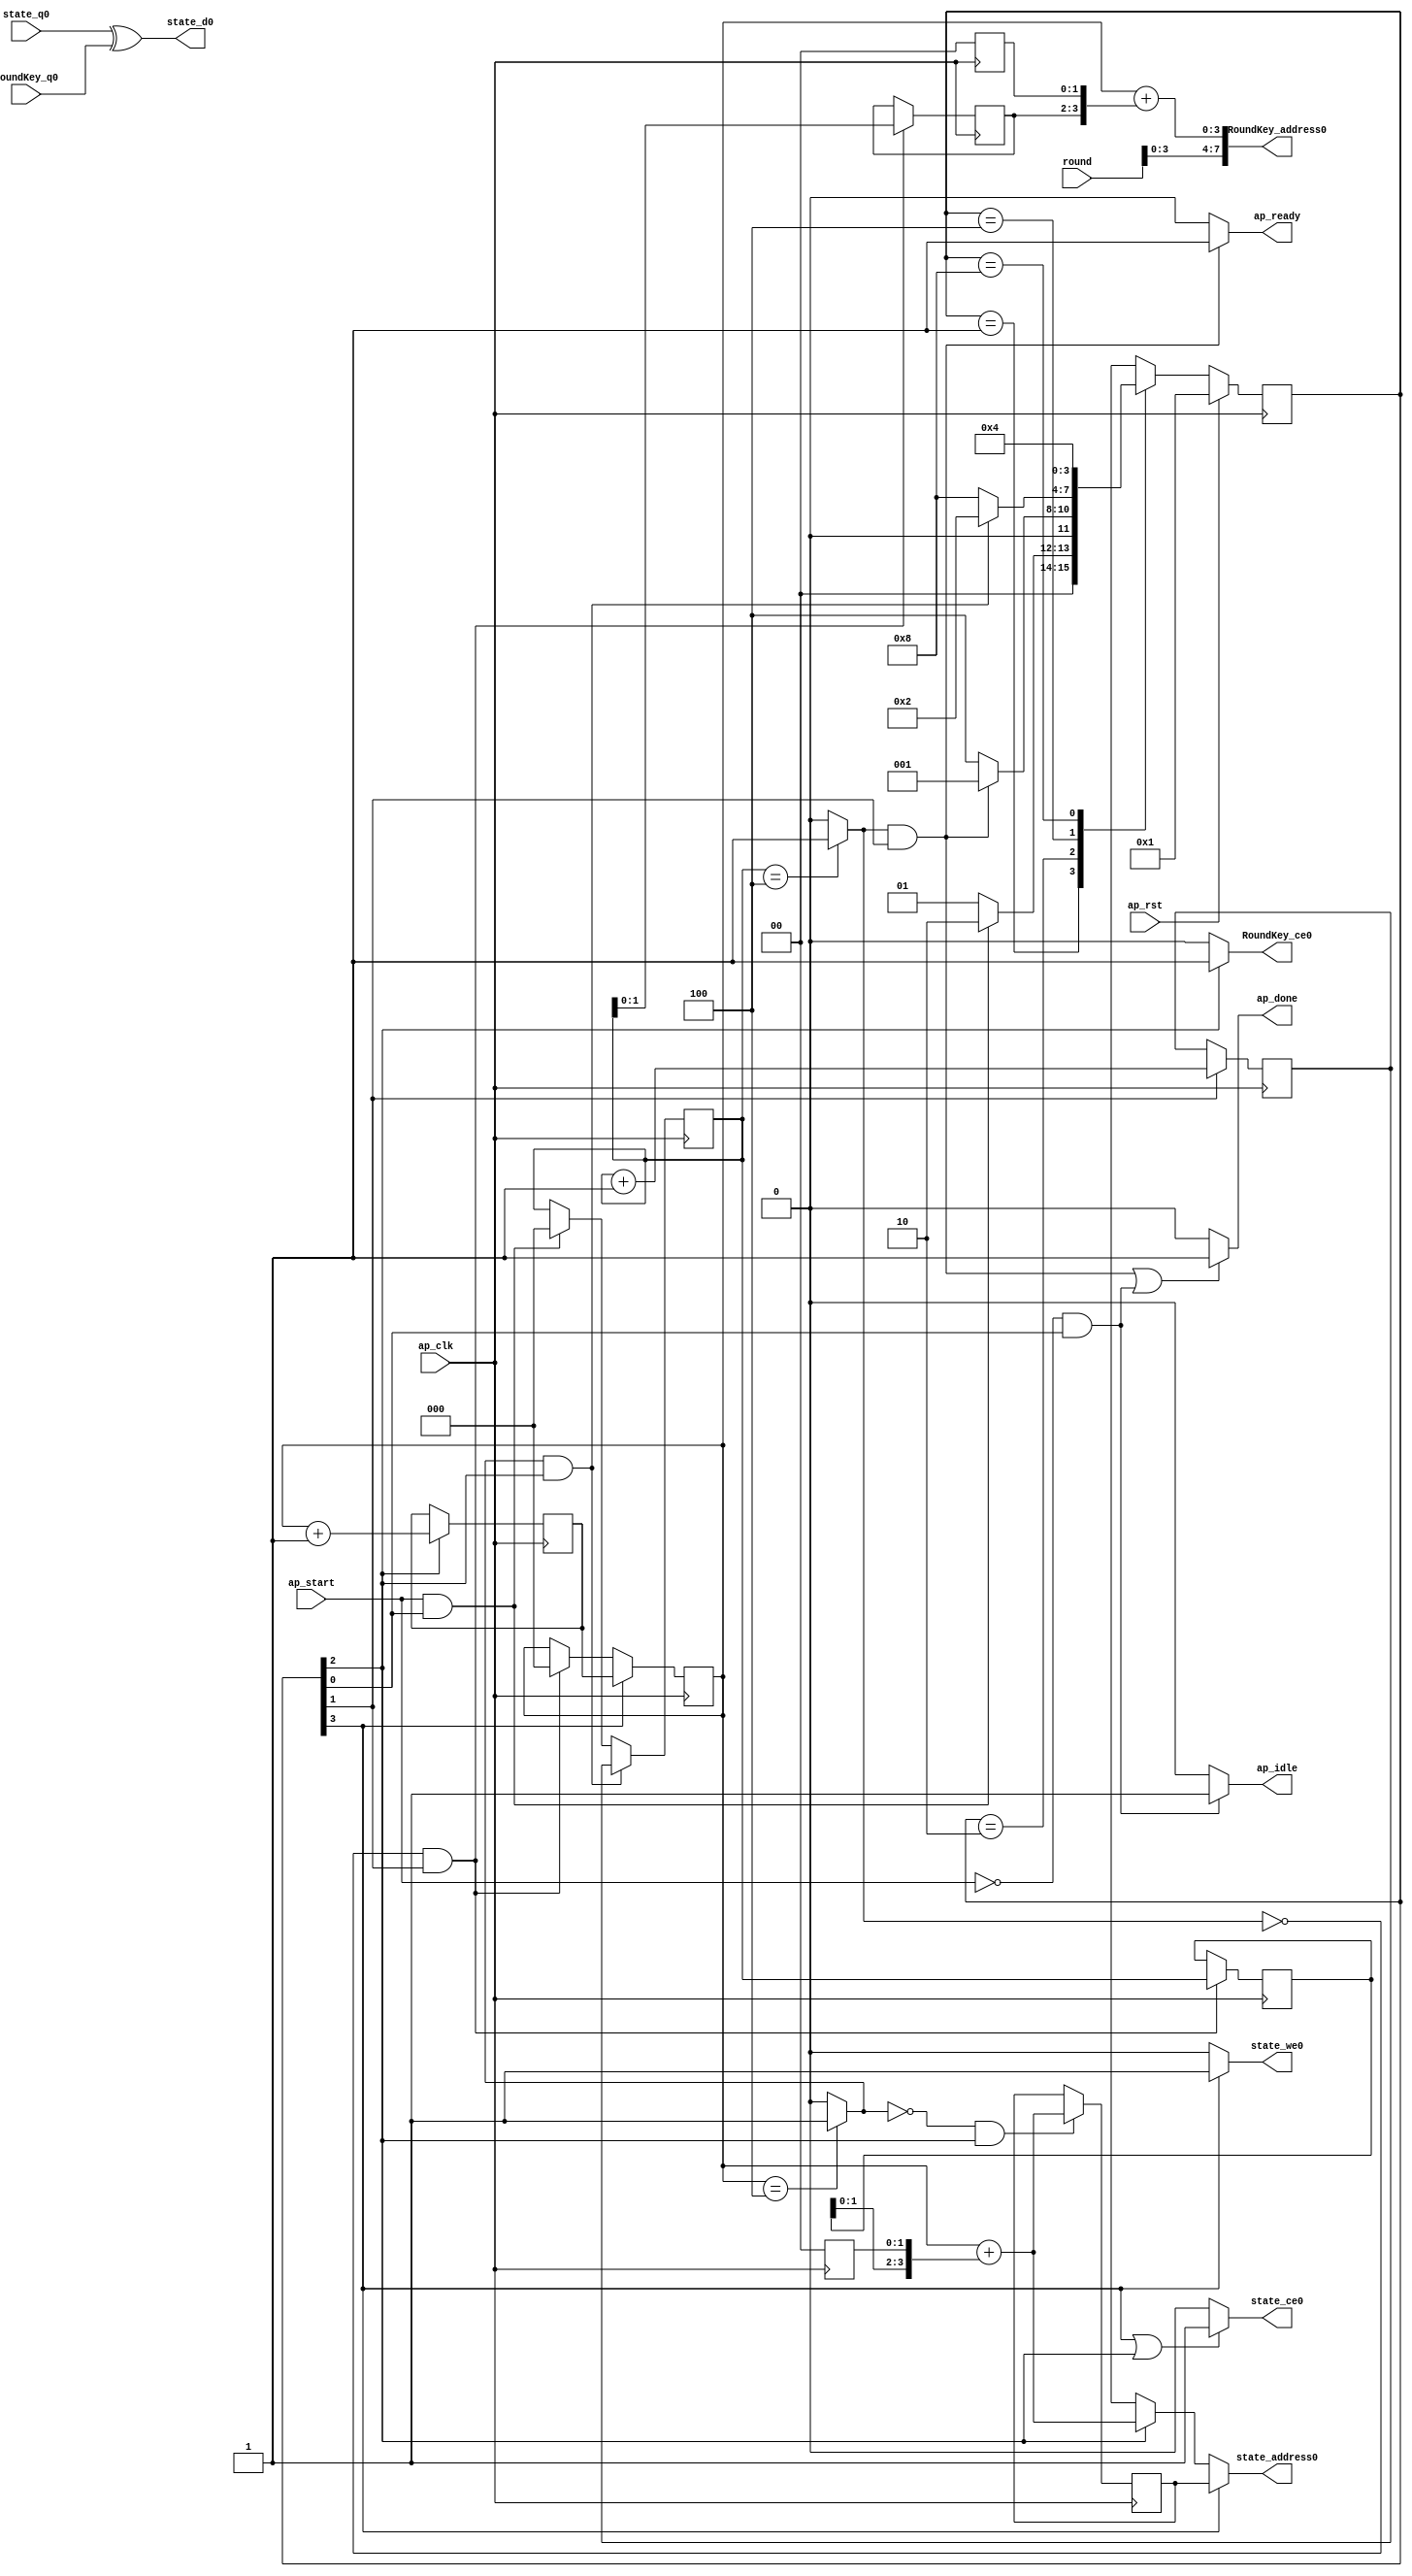
// ==============================================================
// RTL generated by Vivado(TM) HLS - High-Level Synthesis from C, C++ and SystemC
// Version: 2019.1
// Copyright (C) 1986-2019 Xilinx, Inc. All Rights Reserved.
// 
// ===========================================================

`timescale 1 ns / 1 ps 

module AddRoundKey (
        ap_clk,
        ap_rst,
        ap_start,
        ap_done,
        ap_idle,
        ap_ready,
        round,
        state_address0,
        state_ce0,
        state_we0,
        state_d0,
        state_q0,
        RoundKey_address0,
        RoundKey_ce0,
        RoundKey_q0
);

parameter    ap_ST_fsm_state1 = 4'd1;
parameter    ap_ST_fsm_state2 = 4'd2;
parameter    ap_ST_fsm_state3 = 4'd4;
parameter    ap_ST_fsm_state4 = 4'd8;

input   ap_clk;
input   ap_rst;
input   ap_start;
output   ap_done;
output   ap_idle;
output   ap_ready;
input  [5:0] round;
output  [3:0] state_address0;
output   state_ce0;
output   state_we0;
output  [7:0] state_d0;
input  [7:0] state_q0;
output  [7:0] RoundKey_address0;
output   RoundKey_ce0;
input  [7:0] RoundKey_q0;

reg ap_done;
reg ap_idle;
reg ap_ready;
reg[3:0] state_address0;
reg state_ce0;
reg state_we0;
reg RoundKey_ce0;

(* fsm_encoding = "none" *) reg   [3:0] ap_CS_fsm;
wire    ap_CS_fsm_state1;
wire   [2:0] i_fu_98_p2;
reg   [2:0] i_reg_194;
wire    ap_CS_fsm_state2;
wire   [3:0] shl_ln_fu_108_p3;
reg   [3:0] shl_ln_reg_199;
wire   [0:0] icmp_ln246_fu_92_p2;
wire   [5:0] zext_ln248_fu_124_p1;
reg   [5:0] zext_ln248_reg_204;
wire   [2:0] j_fu_134_p2;
reg   [2:0] j_reg_212;
wire    ap_CS_fsm_state3;
wire   [0:0] icmp_ln248_fu_128_p2;
reg   [3:0] state_addr_reg_222;
reg   [2:0] i_0_reg_70;
reg   [2:0] j_0_reg_81;
wire    ap_CS_fsm_state4;
wire   [63:0] zext_ln250_1_fu_160_p1;
wire   [63:0] zext_ln250_3_fu_174_p1;
wire   [1:0] trunc_ln250_fu_104_p1;
wire   [4:0] tmp_s_fu_116_p3;
wire   [3:0] zext_ln250_fu_140_p1;
wire   [3:0] trunc_ln250_1_fu_149_p1;
wire   [3:0] add_ln250_fu_144_p2;
wire   [7:0] add_ln250_1_fu_152_p3;
wire   [5:0] zext_ln250_2_fu_165_p1;
wire   [5:0] add_ln250_2_fu_169_p2;
reg   [3:0] ap_NS_fsm;

// power-on initialization
initial begin
#0 ap_CS_fsm = 4'd1;
end

always @ (posedge ap_clk) begin
    if (ap_rst == 1'b1) begin
        ap_CS_fsm <= ap_ST_fsm_state1;
    end else begin
        ap_CS_fsm <= ap_NS_fsm;
    end
end

always @ (posedge ap_clk) begin
    if (((icmp_ln248_fu_128_p2 == 1'd1) & (1'b1 == ap_CS_fsm_state3))) begin
        i_0_reg_70 <= i_reg_194;
    end else if (((ap_start == 1'b1) & (1'b1 == ap_CS_fsm_state1))) begin
        i_0_reg_70 <= 3'd0;
    end
end

always @ (posedge ap_clk) begin
    if ((1'b1 == ap_CS_fsm_state4)) begin
        j_0_reg_81 <= j_reg_212;
    end else if (((icmp_ln246_fu_92_p2 == 1'd0) & (1'b1 == ap_CS_fsm_state2))) begin
        j_0_reg_81 <= 3'd0;
    end
end

always @ (posedge ap_clk) begin
    if ((1'b1 == ap_CS_fsm_state2)) begin
        i_reg_194 <= i_fu_98_p2;
    end
end

always @ (posedge ap_clk) begin
    if ((1'b1 == ap_CS_fsm_state3)) begin
        j_reg_212 <= j_fu_134_p2;
    end
end

always @ (posedge ap_clk) begin
    if (((icmp_ln246_fu_92_p2 == 1'd0) & (1'b1 == ap_CS_fsm_state2))) begin
        shl_ln_reg_199[3 : 2] <= shl_ln_fu_108_p3[3 : 2];
        zext_ln248_reg_204[4 : 2] <= zext_ln248_fu_124_p1[4 : 2];
    end
end

always @ (posedge ap_clk) begin
    if (((icmp_ln248_fu_128_p2 == 1'd0) & (1'b1 == ap_CS_fsm_state3))) begin
        state_addr_reg_222 <= zext_ln250_3_fu_174_p1;
    end
end

always @ (*) begin
    if ((1'b1 == ap_CS_fsm_state3)) begin
        RoundKey_ce0 = 1'b1;
    end else begin
        RoundKey_ce0 = 1'b0;
    end
end

always @ (*) begin
    if ((((icmp_ln246_fu_92_p2 == 1'd1) & (1'b1 == ap_CS_fsm_state2)) | ((ap_start == 1'b0) & (1'b1 == ap_CS_fsm_state1)))) begin
        ap_done = 1'b1;
    end else begin
        ap_done = 1'b0;
    end
end

always @ (*) begin
    if (((ap_start == 1'b0) & (1'b1 == ap_CS_fsm_state1))) begin
        ap_idle = 1'b1;
    end else begin
        ap_idle = 1'b0;
    end
end

always @ (*) begin
    if (((icmp_ln246_fu_92_p2 == 1'd1) & (1'b1 == ap_CS_fsm_state2))) begin
        ap_ready = 1'b1;
    end else begin
        ap_ready = 1'b0;
    end
end

always @ (*) begin
    if ((1'b1 == ap_CS_fsm_state4)) begin
        state_address0 = state_addr_reg_222;
    end else if ((1'b1 == ap_CS_fsm_state3)) begin
        state_address0 = zext_ln250_3_fu_174_p1;
    end else begin
        state_address0 = 'bx;
    end
end

always @ (*) begin
    if (((1'b1 == ap_CS_fsm_state4) | (1'b1 == ap_CS_fsm_state3))) begin
        state_ce0 = 1'b1;
    end else begin
        state_ce0 = 1'b0;
    end
end

always @ (*) begin
    if ((1'b1 == ap_CS_fsm_state4)) begin
        state_we0 = 1'b1;
    end else begin
        state_we0 = 1'b0;
    end
end

always @ (*) begin
    case (ap_CS_fsm)
        ap_ST_fsm_state1 : begin
            if (((ap_start == 1'b1) & (1'b1 == ap_CS_fsm_state1))) begin
                ap_NS_fsm = ap_ST_fsm_state2;
            end else begin
                ap_NS_fsm = ap_ST_fsm_state1;
            end
        end
        ap_ST_fsm_state2 : begin
            if (((icmp_ln246_fu_92_p2 == 1'd1) & (1'b1 == ap_CS_fsm_state2))) begin
                ap_NS_fsm = ap_ST_fsm_state1;
            end else begin
                ap_NS_fsm = ap_ST_fsm_state3;
            end
        end
        ap_ST_fsm_state3 : begin
            if (((icmp_ln248_fu_128_p2 == 1'd1) & (1'b1 == ap_CS_fsm_state3))) begin
                ap_NS_fsm = ap_ST_fsm_state2;
            end else begin
                ap_NS_fsm = ap_ST_fsm_state4;
            end
        end
        ap_ST_fsm_state4 : begin
            ap_NS_fsm = ap_ST_fsm_state3;
        end
        default : begin
            ap_NS_fsm = 'bx;
        end
    endcase
end

assign RoundKey_address0 = zext_ln250_1_fu_160_p1;

assign add_ln250_1_fu_152_p3 = {{trunc_ln250_1_fu_149_p1}, {add_ln250_fu_144_p2}};

assign add_ln250_2_fu_169_p2 = (zext_ln250_2_fu_165_p1 + zext_ln248_reg_204);

assign add_ln250_fu_144_p2 = (zext_ln250_fu_140_p1 + shl_ln_reg_199);

assign ap_CS_fsm_state1 = ap_CS_fsm[32'd0];

assign ap_CS_fsm_state2 = ap_CS_fsm[32'd1];

assign ap_CS_fsm_state3 = ap_CS_fsm[32'd2];

assign ap_CS_fsm_state4 = ap_CS_fsm[32'd3];

assign i_fu_98_p2 = (i_0_reg_70 + 3'd1);

assign icmp_ln246_fu_92_p2 = ((i_0_reg_70 == 3'd4) ? 1'b1 : 1'b0);

assign icmp_ln248_fu_128_p2 = ((j_0_reg_81 == 3'd4) ? 1'b1 : 1'b0);

assign j_fu_134_p2 = (j_0_reg_81 + 3'd1);

assign shl_ln_fu_108_p3 = {{trunc_ln250_fu_104_p1}, {2'd0}};

assign state_d0 = (state_q0 ^ RoundKey_q0);

assign tmp_s_fu_116_p3 = {{i_0_reg_70}, {2'd0}};

assign trunc_ln250_1_fu_149_p1 = round[3:0];

assign trunc_ln250_fu_104_p1 = i_0_reg_70[1:0];

assign zext_ln248_fu_124_p1 = tmp_s_fu_116_p3;

assign zext_ln250_1_fu_160_p1 = add_ln250_1_fu_152_p3;

assign zext_ln250_2_fu_165_p1 = j_0_reg_81;

assign zext_ln250_3_fu_174_p1 = add_ln250_2_fu_169_p2;

assign zext_ln250_fu_140_p1 = j_0_reg_81;

always @ (posedge ap_clk) begin
    shl_ln_reg_199[1:0] <= 2'b00;
    zext_ln248_reg_204[1:0] <= 2'b00;
    zext_ln248_reg_204[5] <= 1'b0;
end

endmodule //AddRoundKey